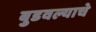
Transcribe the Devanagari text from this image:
बुडवल्याचे